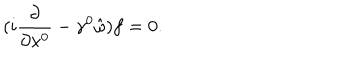
( i \frac { \partial } { \partial x ^ { 0 } } - \gamma ^ { 0 } \hat { \omega } ) f = 0 .